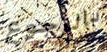
بالرجوع